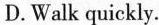
D. Walk quickly.